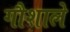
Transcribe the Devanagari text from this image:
गौशाले